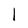
Character: I